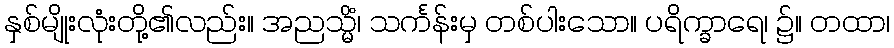
နှစ်မျိုးလုံးတို့၏လည်း။ အညသ္မိံ၊ သင်္ကန်းမှ တစ်ပါးသော။ ပရိက္ခာရေ၊ ၌။ တထာ၊